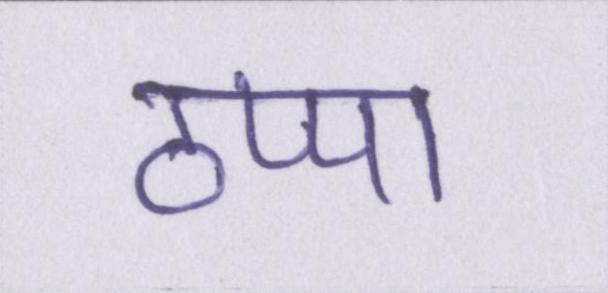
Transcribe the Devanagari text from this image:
ठप्पा